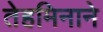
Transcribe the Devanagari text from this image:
तेहमिनाने